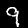
Digit: 9